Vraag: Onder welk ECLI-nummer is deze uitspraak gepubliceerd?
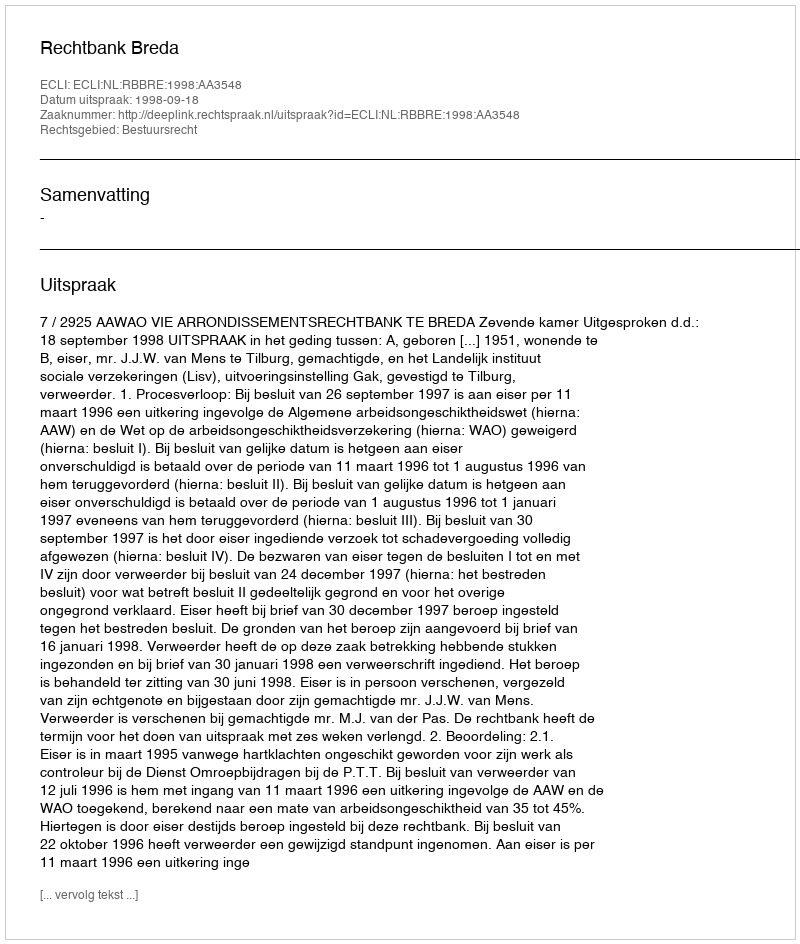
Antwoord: ECLI:NL:RBBRE:1998:AA3548